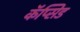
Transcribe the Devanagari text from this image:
कॅप्सिड